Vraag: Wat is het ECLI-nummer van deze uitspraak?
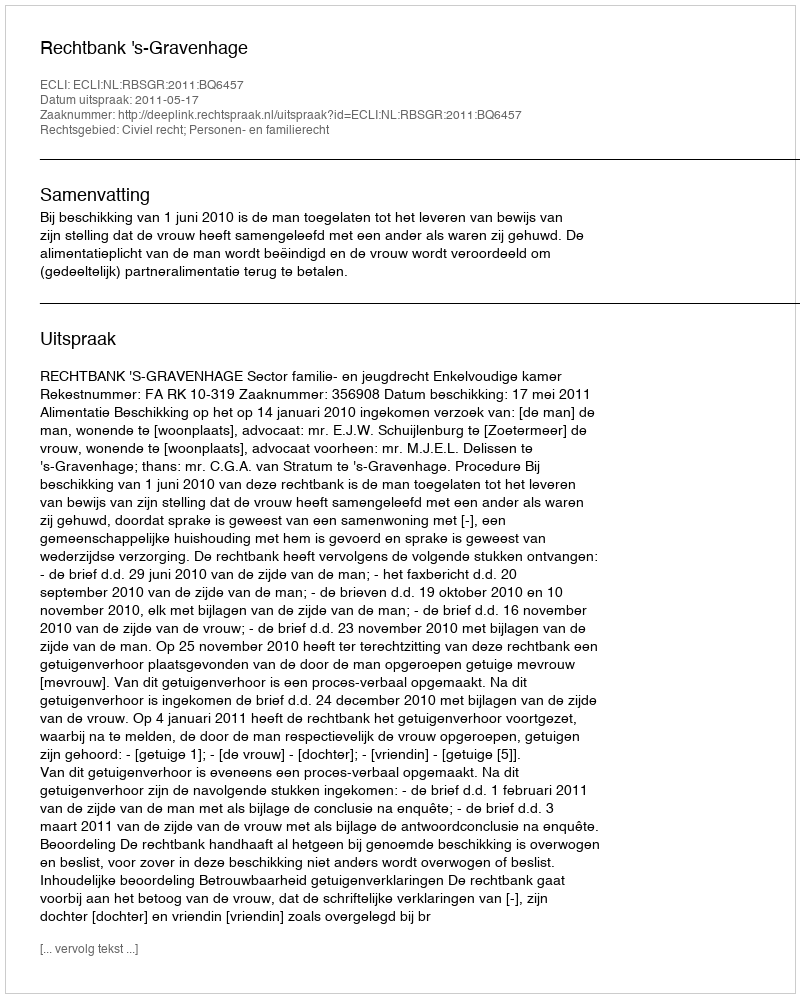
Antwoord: ECLI:NL:RBSGR:2011:BQ6457